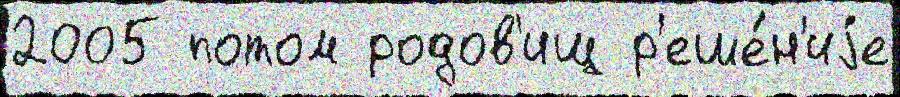
2005 потом родов'ищ р'еше́н'иjе